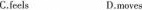
C.feels D.moves